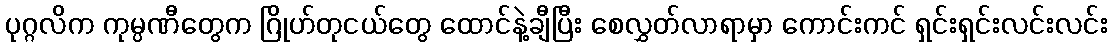
ပုဂ္ဂလိက ကုမ္ပဏီတွေက ဂြိုဟ်တုငယ်တွေ ထောင်နဲ့ချီပြီး စေလွှတ်လာရာမှာ ကောင်းကင် ရှင်းရှင်းလင်းလင်း